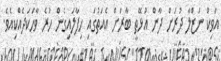
އަވިކް ނަޒްލާ ދުރަށް ދާން އުޅޭތީ ބާރަށް އެއަތުގައި ހިފާލައިގެން ހުރެ ވާހަކަދެއްކިއެވެ.